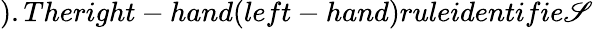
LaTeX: ).Theright-hand(left-hand)ruleidentifie\mathscr{S}